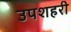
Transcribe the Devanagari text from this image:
उपशहरी